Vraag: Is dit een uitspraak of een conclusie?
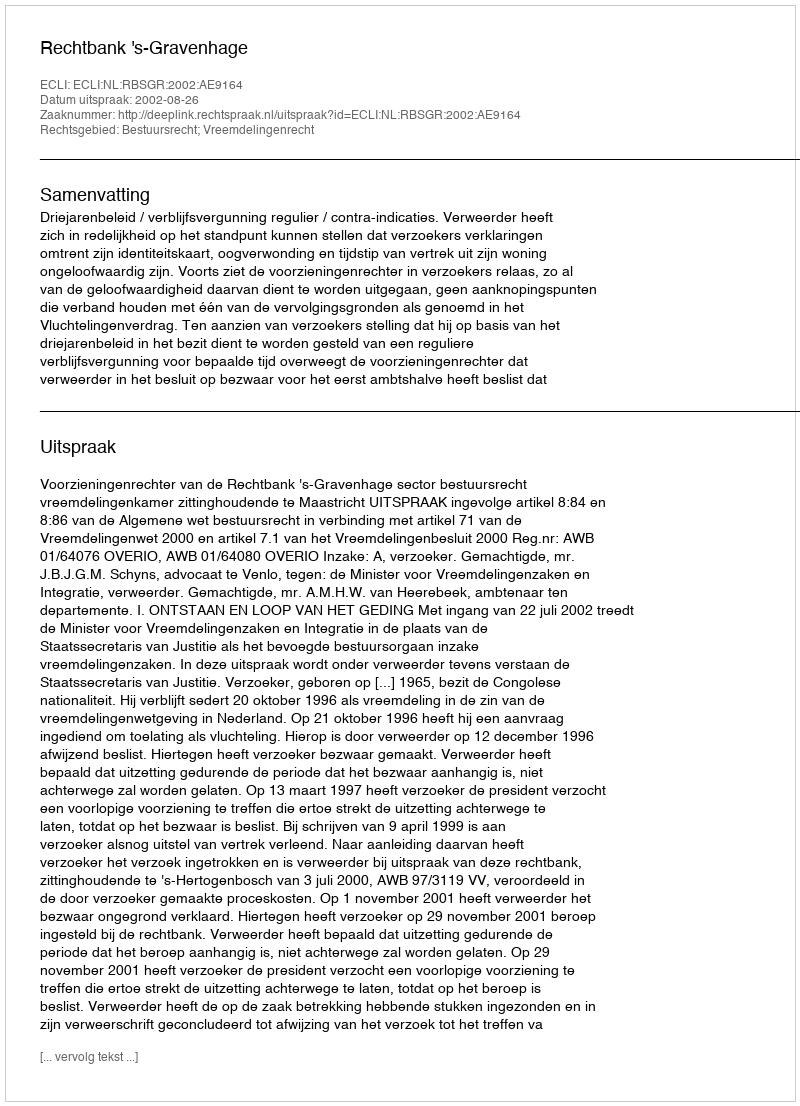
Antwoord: Uitspraak